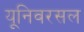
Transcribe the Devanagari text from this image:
यूनिवरसल